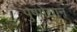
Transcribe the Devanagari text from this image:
पुष्पोद्यान